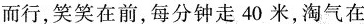
而行，笑笑在前，每分钟走40米，淘气在